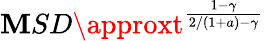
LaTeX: \mathbf{M}SD\approxt^{\frac{{1-\gamma}}{{2/(1+a)-\gamma}}}